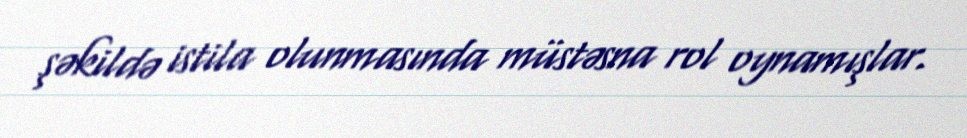
şəkildə istila olunmasında müstəsna rol oynamışlar.